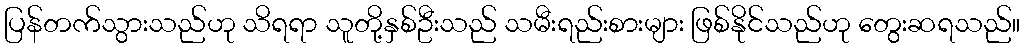
ပြန်တက်သွားသည်ဟု သိရရာ သူတို့နှစ်ဦးသည် သမီးရည်းစားများ ဖြစ်နိုင်သည်ဟု တွေးဆရသည်။